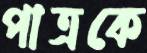
পাত্রকে